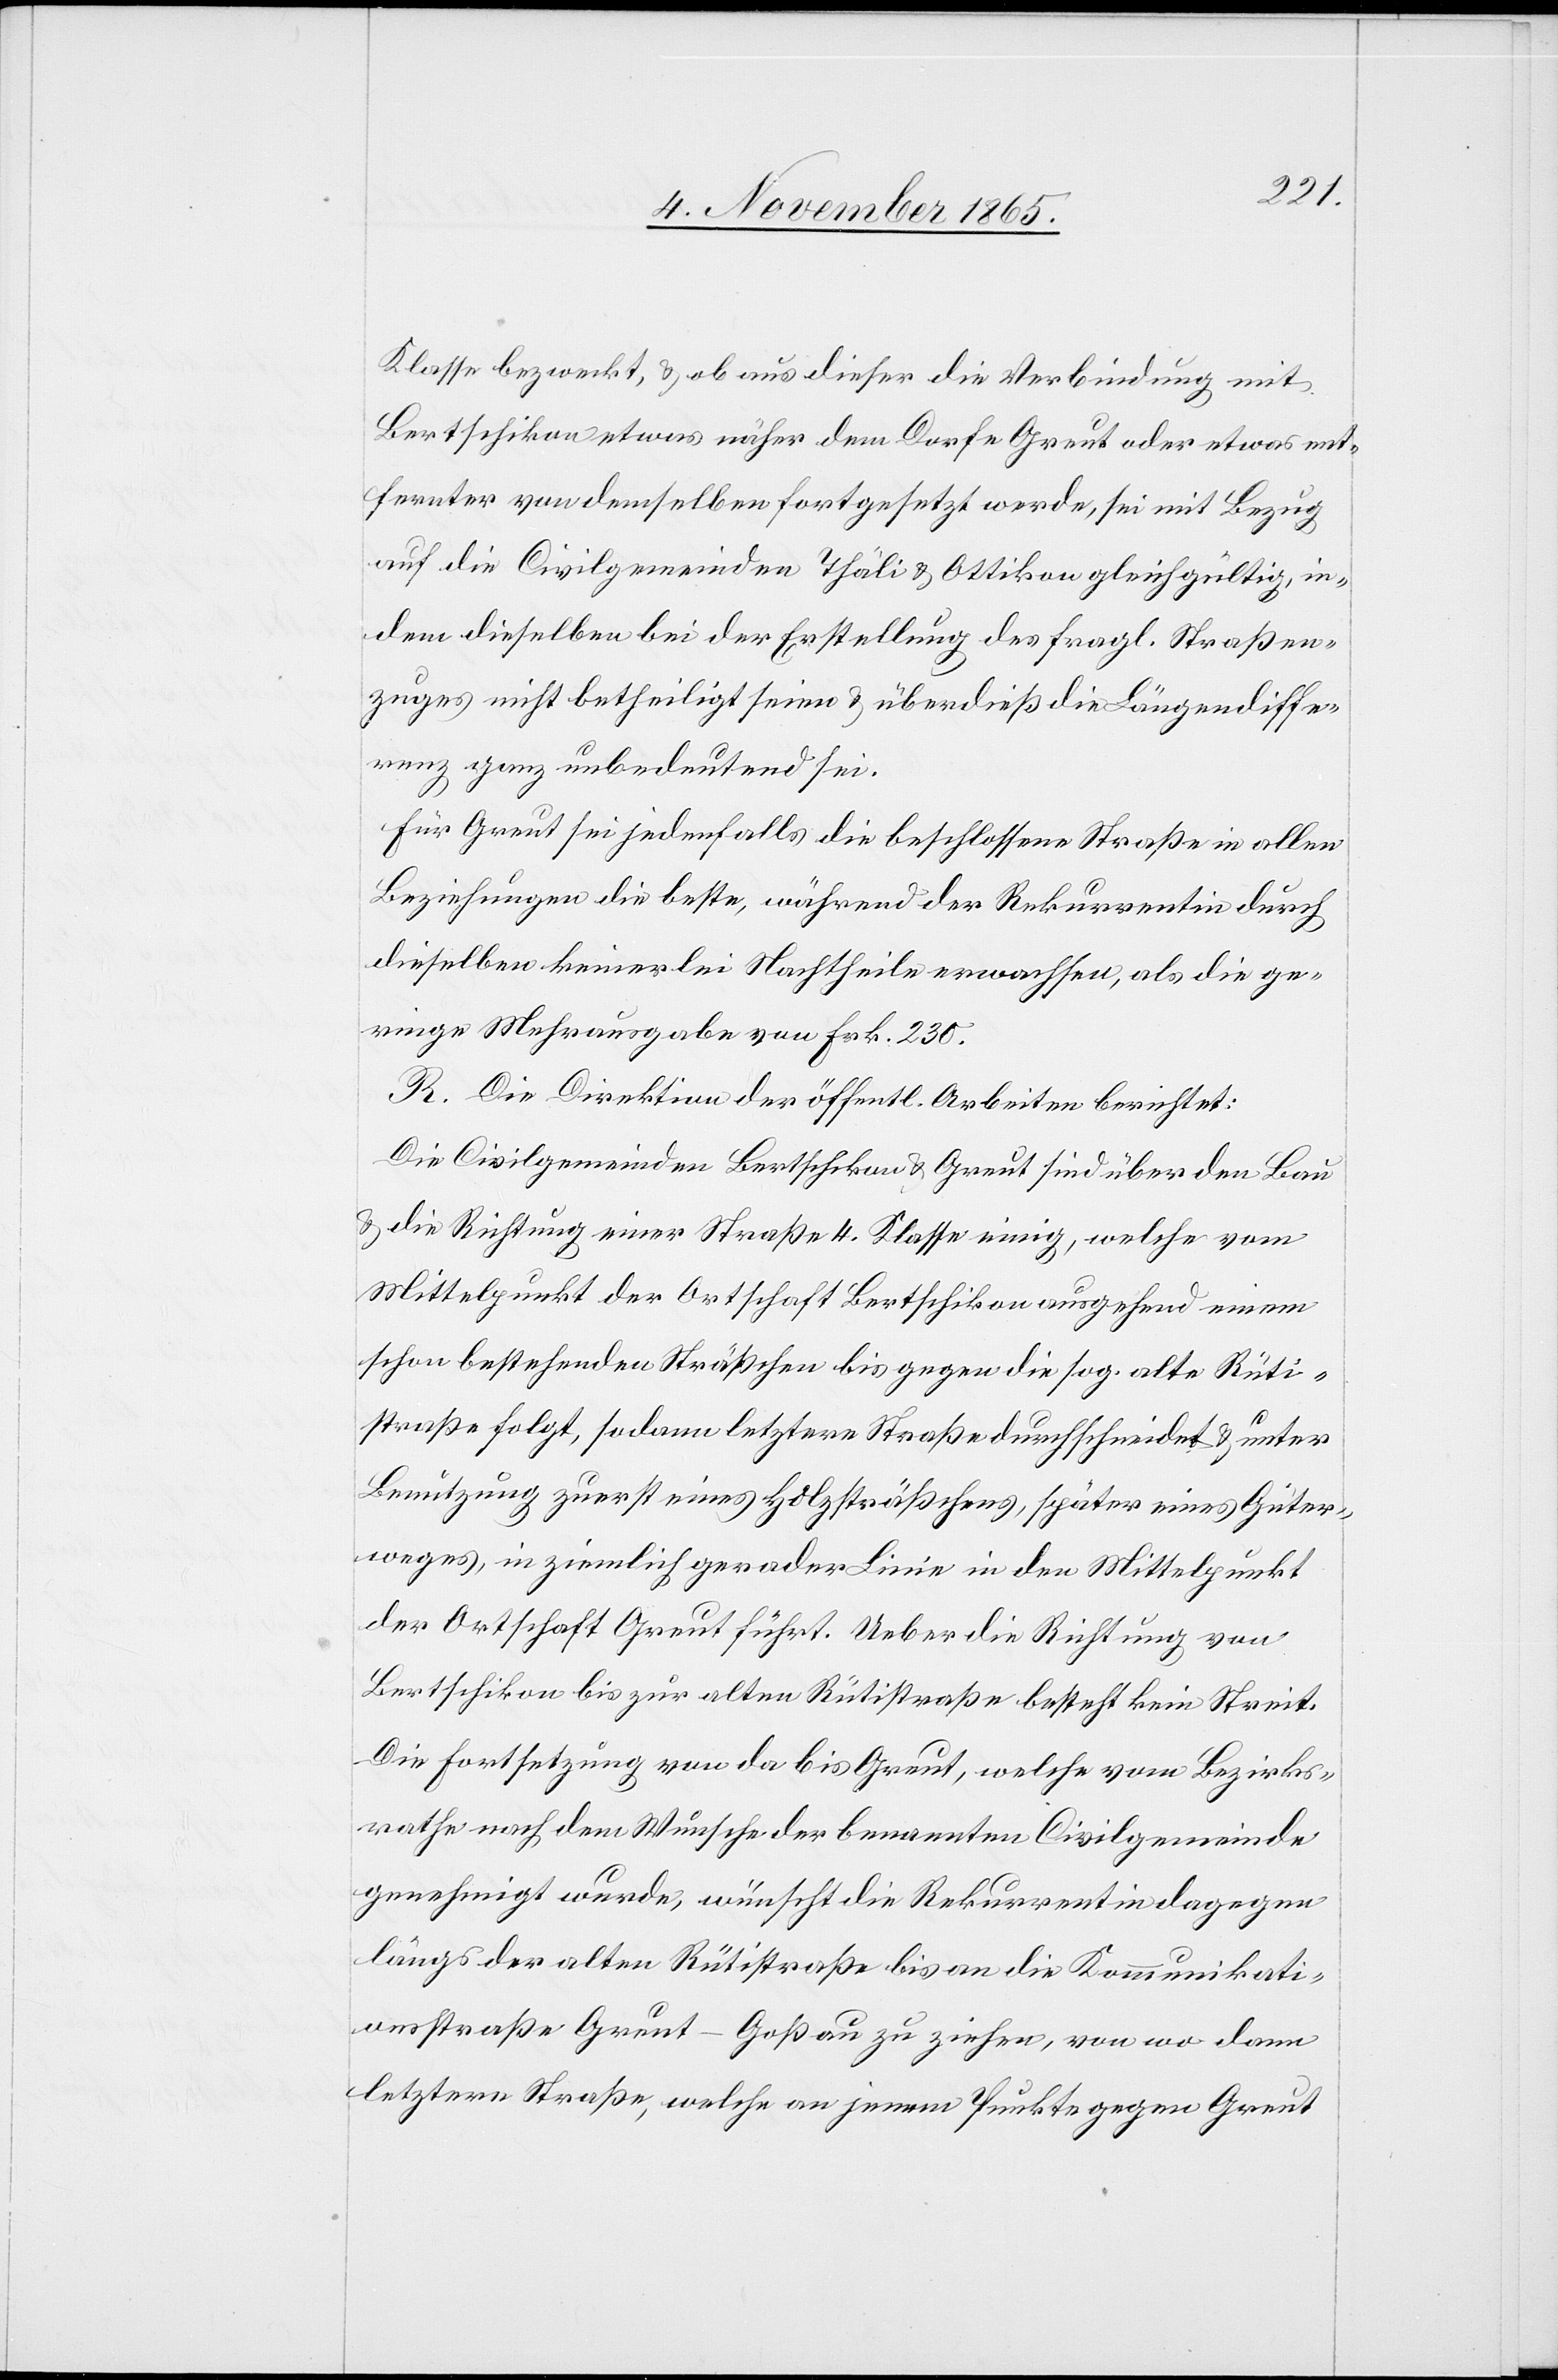
Klasse bezweckt, & ob aus dieser die Verbindung mit
Bertschikon etwas näher dem Dorfe Greut oder etwas ent¬
fernter von demselben fortgesetzt werde, sei mit Bezug
auf die Civilgemeinden Thäli & Ottikon gleichgültig, in¬
dem dieselben bei der Erstellung des fragl. Straßen¬
zuges nicht betheiligt seien & überdieß die Längendiffe¬
renz ganz unbedeutend sei.
Für Greut sei jedenfalls die beschlossene Straße in allen
Beziehungen die beste, während der Rekurrentin durch
dieselben keinerlei Nachtheile erwachsen, als die ge¬
ringe Mehrausgabe von Frk. 230.
R. Die Direktion der öffentl. Arbeiten berichtet:
Die Civilgemeinden Bertschikon & Greut sind über den Bau
& die Richtung einer Straße 4. Klasse einig, welche vom
Mittelpunkt der Ortschaft Bertschikon ausgehend einem
schon bestehenden Sträßchen bis gegen die sog. alte Rüti¬
straße folgt, sodann letztere Straße durchschneidet & unter
Benutzung zuerst eines Holzsträßchens, später eines Güter¬
weges, in ziemlich gerader Linie in den Mittelpunkt
der Ortschaft Greut führt. Ueber die Richtung von
Bertschikon bis zur alten Rütistraße besteht kein Streit.
Die Fortsetzung von da bis Greut, welche vom Bezirks¬
rathe nach dem Wunsche der benannten Civilgemeinde
genehmigt wurde, wünscht die Rekurrentin dagegen
längs der alten Rütistraße bis an die Kommunikati¬
onsstraße Greut–Goßau zu ziehen, von wo dann
letztere Straße, welche an jenem Punkte gegen Greut